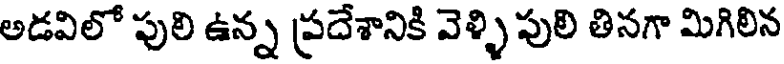
అడవిలో పులి ఉన్న ప్రదేశానికి వెళ్ళి పులి తినగా మిగిలిన